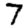
Digit: 7